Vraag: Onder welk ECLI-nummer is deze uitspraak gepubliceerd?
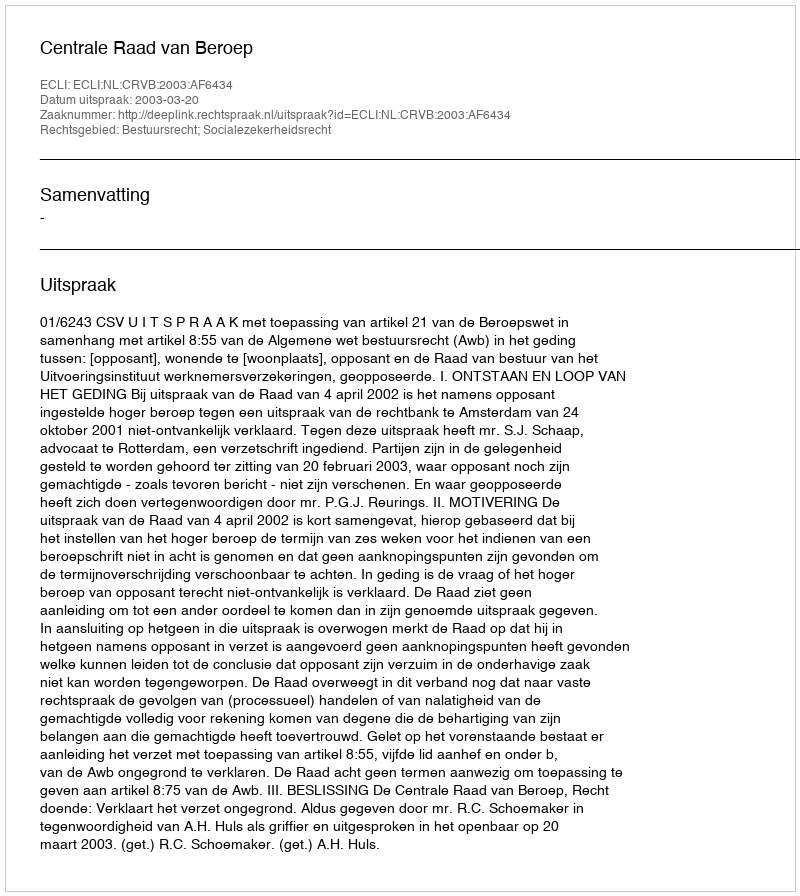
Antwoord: ECLI:NL:CRVB:2003:AF6434